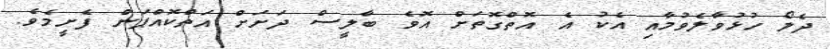
ދެލޯ ހުޅުވާލެވުމާއި އެކު އެ އޮތްގޮތަށް އޮވެ ބާލީސް ދަށަށް އަތްކޮއްޕަން ފެށީމެވެ.